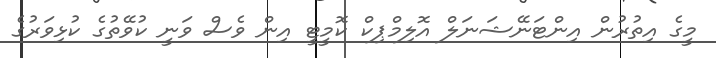
މީގެ އިތުރުން އިންޓަނޭޝަނަލް އޮލިމްޕިކް ކޮމީޓީ އިން ވެސް ވަނީ ކުވޭތުގެ ކުޅިވަރުގެ